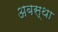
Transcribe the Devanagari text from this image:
अबस्था